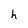
Character: h